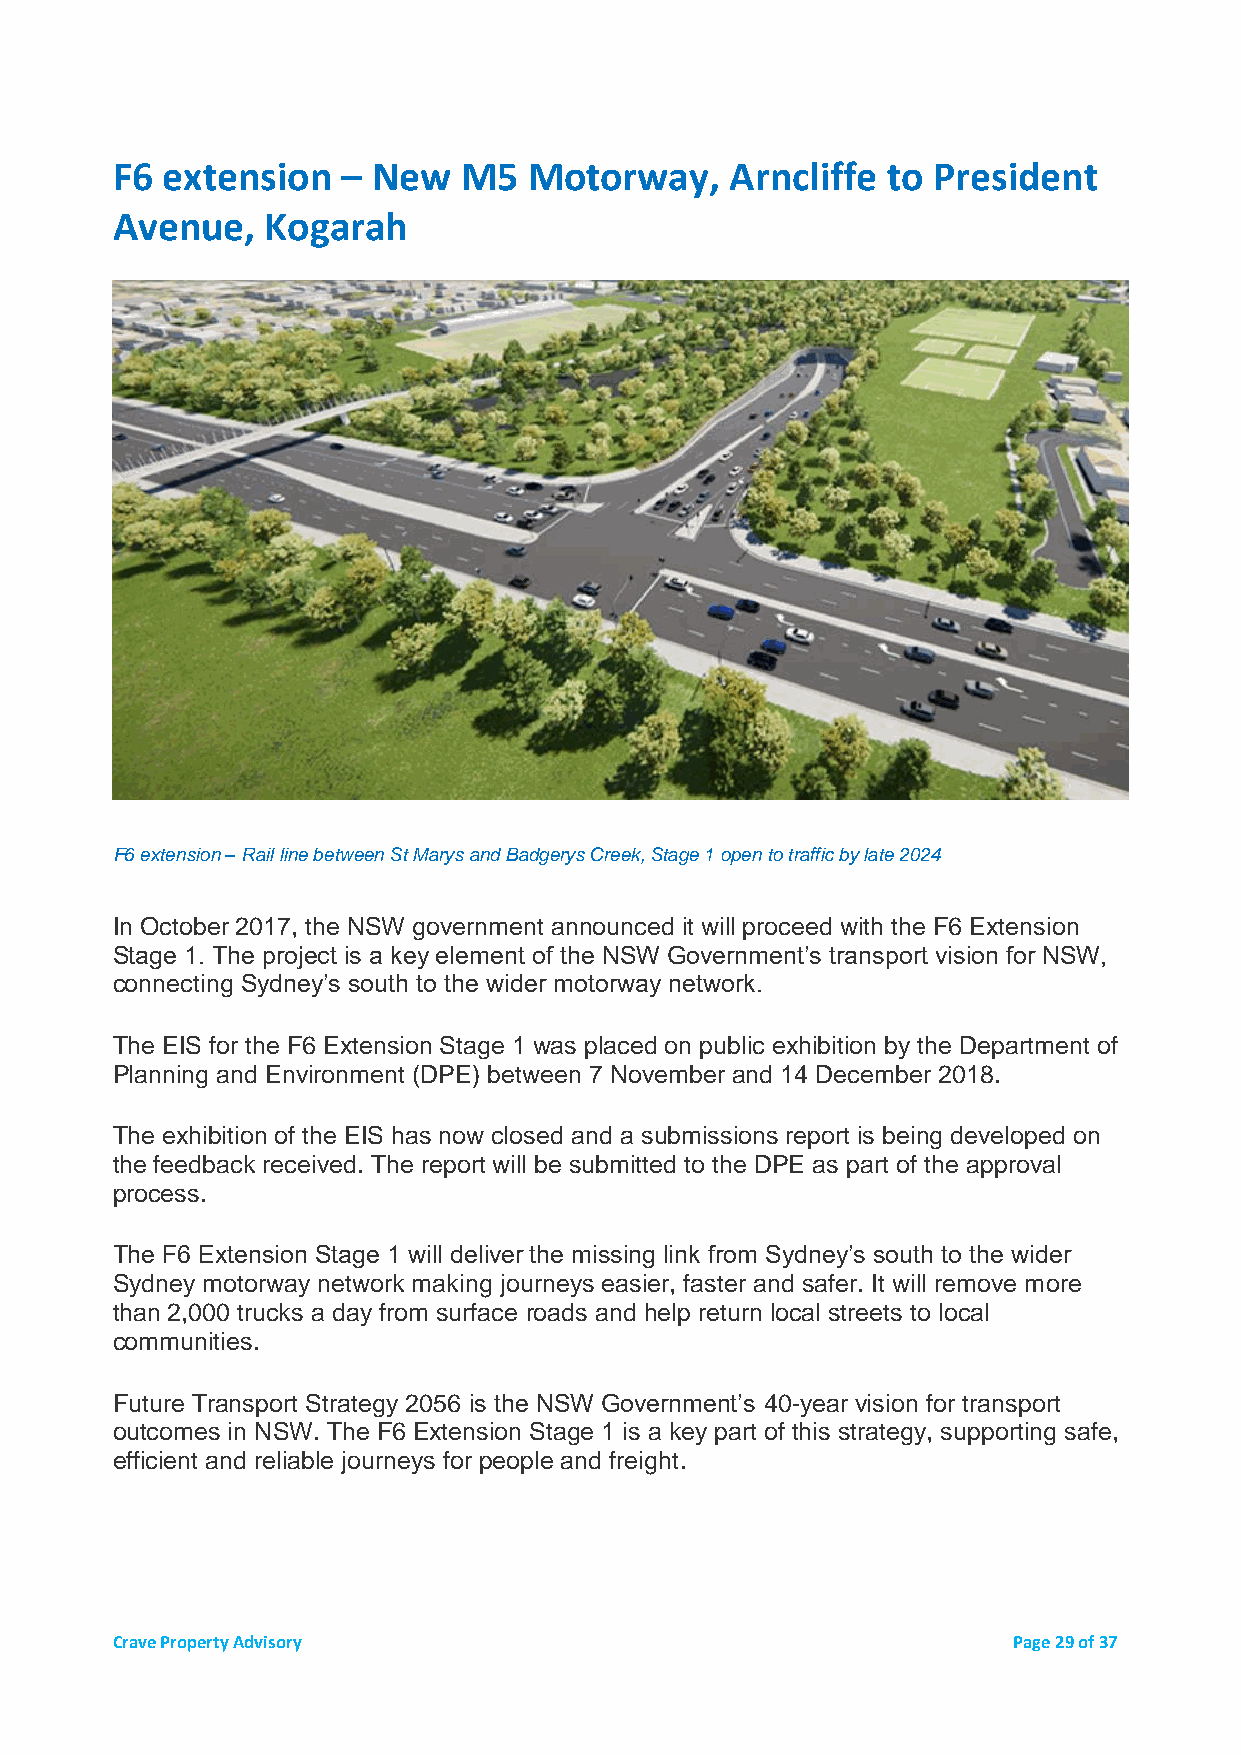
F6  extension   – New  M5   Motorway,    Arncliffe  to President
 Avenue,    Kogarah
 F6 extension – Rail line between St Marys and Badgerys Creek, Stage 1 open to traffic by late 2024
 In October 2017, the NSW government announced it will proceed with the F6 Extension
 Stage 1. The project is a key element of the NSW Government’s transport vision for NSW,
 connecting Sydney’s south to the wider motorway network.
 The EIS for the F6 Extension Stage 1 was placed on public exhibition by the Department of
 Planning and Environment (DPE) between 7 November and 14 December 2018.
 The exhibition of the EIS has now closed and a submissions report is being developed on
 the feedback received. The report will be submitted to the DPE as part of the approval
 process.
 The F6 Extension Stage 1 will deliver the missing link from Sydney’s south to the wider
 Sydney motorway network making journeys easier, faster and safer. It will remove more
 than 2,000 trucks a day from surface roads and help return local streets to local
 communities.
 Future Transport Strategy 2056 is the NSW Government’s 40-year vision for transport
 outcomes in NSW. The F6 Extension Stage 1 is a key part of this strategy, supporting safe,
 efficient and reliable journeys for people and freight.
 Crave Property Advisory                                     Page 29 of 37